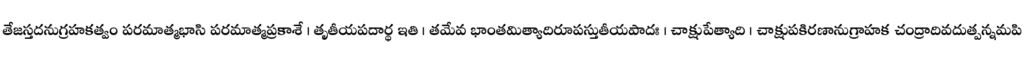
తేజస్తదనుగ్రహకత్వం పరమాత్మభాసి పరమాత్మప్రకాశే । తృతీయపదార్థ ఇతి । తమేవ భాంతమిత్యాదిరూపస్తుతీయపాదః । చాక్షుపేత్యాది । చాక్షుపకిరణానుగ్రాహక చంద్రాదివదుత్పన్నమపి